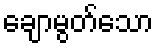
ချောမွတ်သော